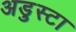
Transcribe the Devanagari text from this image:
अडुस्टा